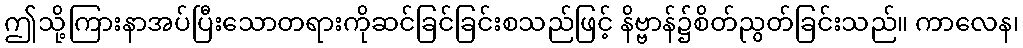
ဤသို့ကြားနာအပ်ပြီးသောတရားကိုဆင်ခြင်ခြင်းစသည်ဖြင့် နိဗ္ဗာန်၌စိတ်ညွတ်ခြင်းသည်။ ကာလေန၊